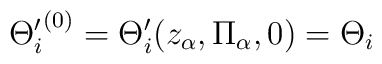
{\Theta^{\prime}_{i}}^{(0)}   = \Theta^{\prime}_{i}(z_{\alpha},\Pi_{\alpha},0)= \Theta_{i}